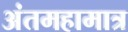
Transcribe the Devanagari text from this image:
अंतमहामात्र